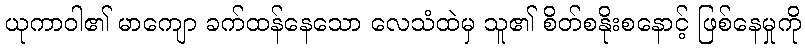
ယုကာဝါ၏ မာကျော ခက်ထန်နေသော လေသံထဲမှ သူ၏ စိတ်စနိုးစနောင့် ဖြစ်နေမှုကို